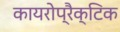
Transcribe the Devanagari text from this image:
कायरोप्रैक्टिक